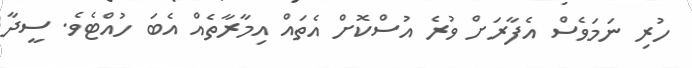
ހުރި ނަމަވެސް އެފާރަށް ވުރެ އުސްކޮށް އެތައް އިމާރާތެއް އެބަ ހުއްޓެވެ. ސީދާ